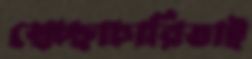
স্বেচ্ছাচারিতাই